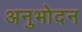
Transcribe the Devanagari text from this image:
अनुभोदन